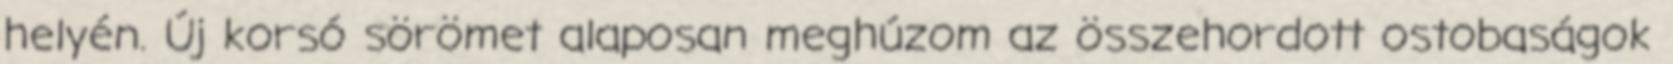
helyén. Új korsó sörömet alaposan meghúzom az összehordott ostobaságok